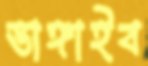
ভাঙ্গাইব